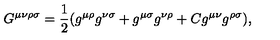
G ^ { \mu \nu \rho \sigma } = { { \frac { 1 } { 2 } } } ( g ^ { \mu \rho } g ^ { \nu \sigma } + g ^ { \mu \sigma } g ^ { \nu \rho } + C g ^ { \mu \nu } g ^ { \rho \sigma } ) ,